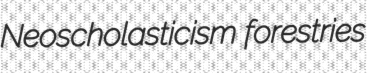
Neoscholasticism forestries